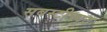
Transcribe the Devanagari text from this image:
सबस्टीच्यूट